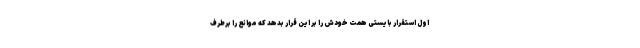
اوّل استقرار بایستی همّت خودش را بر این قرار بدهد که موانع را برطرف